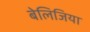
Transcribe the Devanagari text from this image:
बेलिजिया